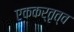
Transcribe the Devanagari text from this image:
एककर्तृत्व